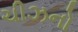
ચીઝનો